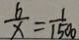
\frac { 6 } { x } = \frac { 1 } { 1 5 0 0 }